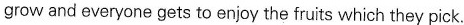
grow and everyone gets to enjoy the fruits which they pick.